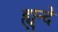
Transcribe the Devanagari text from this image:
ह्युन्दे